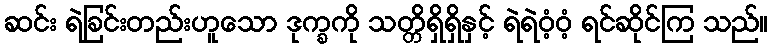
ဆင်း ရဲခြင်းတည်းဟူသော ဒုက္ခကို သတ္တိရှိရှိနှင့် ရဲရဲဝံ့ဝံ့ ရင်ဆိုင်ကြ သည်။